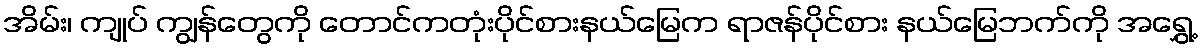
အိမ်း၊ ကျုပ် ကျွန်တွေကို တောင်ကတုံးပိုင်စားနယ်မြေက ရာဇန်ပိုင်စား နယ်မြေဘက်ကို အရွှေ့